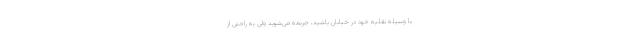
با وسیله نقلیه خود در خیابان باشید، جریمه می‌شوید ولی به راحتی از